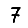
Digit: 7